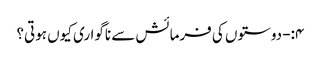
۴:- دوستوں کی فرمائش سے ناگواری کیوں ہوتی؟